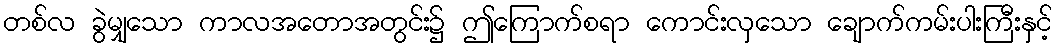
တစ်လ ခွဲမျှသော ကာလအတောအတွင်း၌ ဤကြောက်စရာ ကောင်းလှသော ချောက်ကမ်းပါးကြီးနှင့်